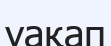
уақап